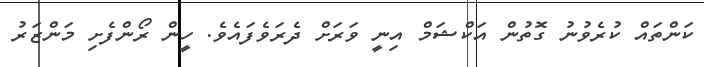
ކަންތައް ކުރެވުނު ގޮތުން އަކްޝަމް އިނީ ވަރަށް ދެރަވެފައެވެ. ހީން ރޯންފެށި މަންޒަރު